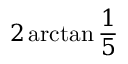
2 \arctan { \frac { 1 } { 5 } }